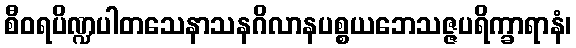
စီဝရပိဏ္ဍပါတသေနာသနဂိလာနပစ္စယဘေသဇ္ဇပရိက္ခာရာနံ၊